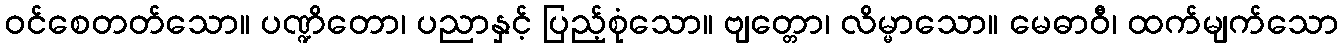
ဝင်စေတတ်သော။ ပဏ္ဍိတော၊ ပညာနှင့် ပြည့်စုံသော။ ဗျတ္တော၊ လိမ္မာသော။ မေဓာဝီ၊ ထက်မျက်သော